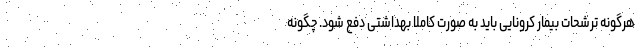
هرگونه ترشحات بیمار کرونایی باید به صورت کاملا بهداشتی دفع شود. چگونه